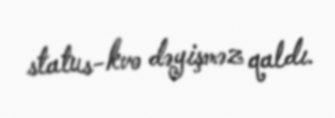
status-kvo dəyişməz qaldı.